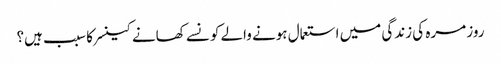
روز مرہ کی زندگی میں استعمال ہونے والے کونسے کھانے کینسر کا سبب ہیں؟